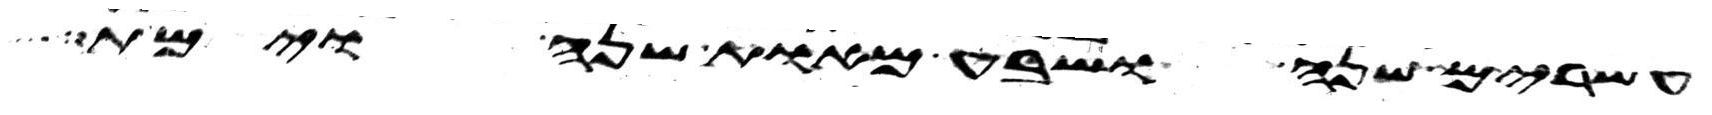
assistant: עשרים שנה ושבע מאות שנה וימת